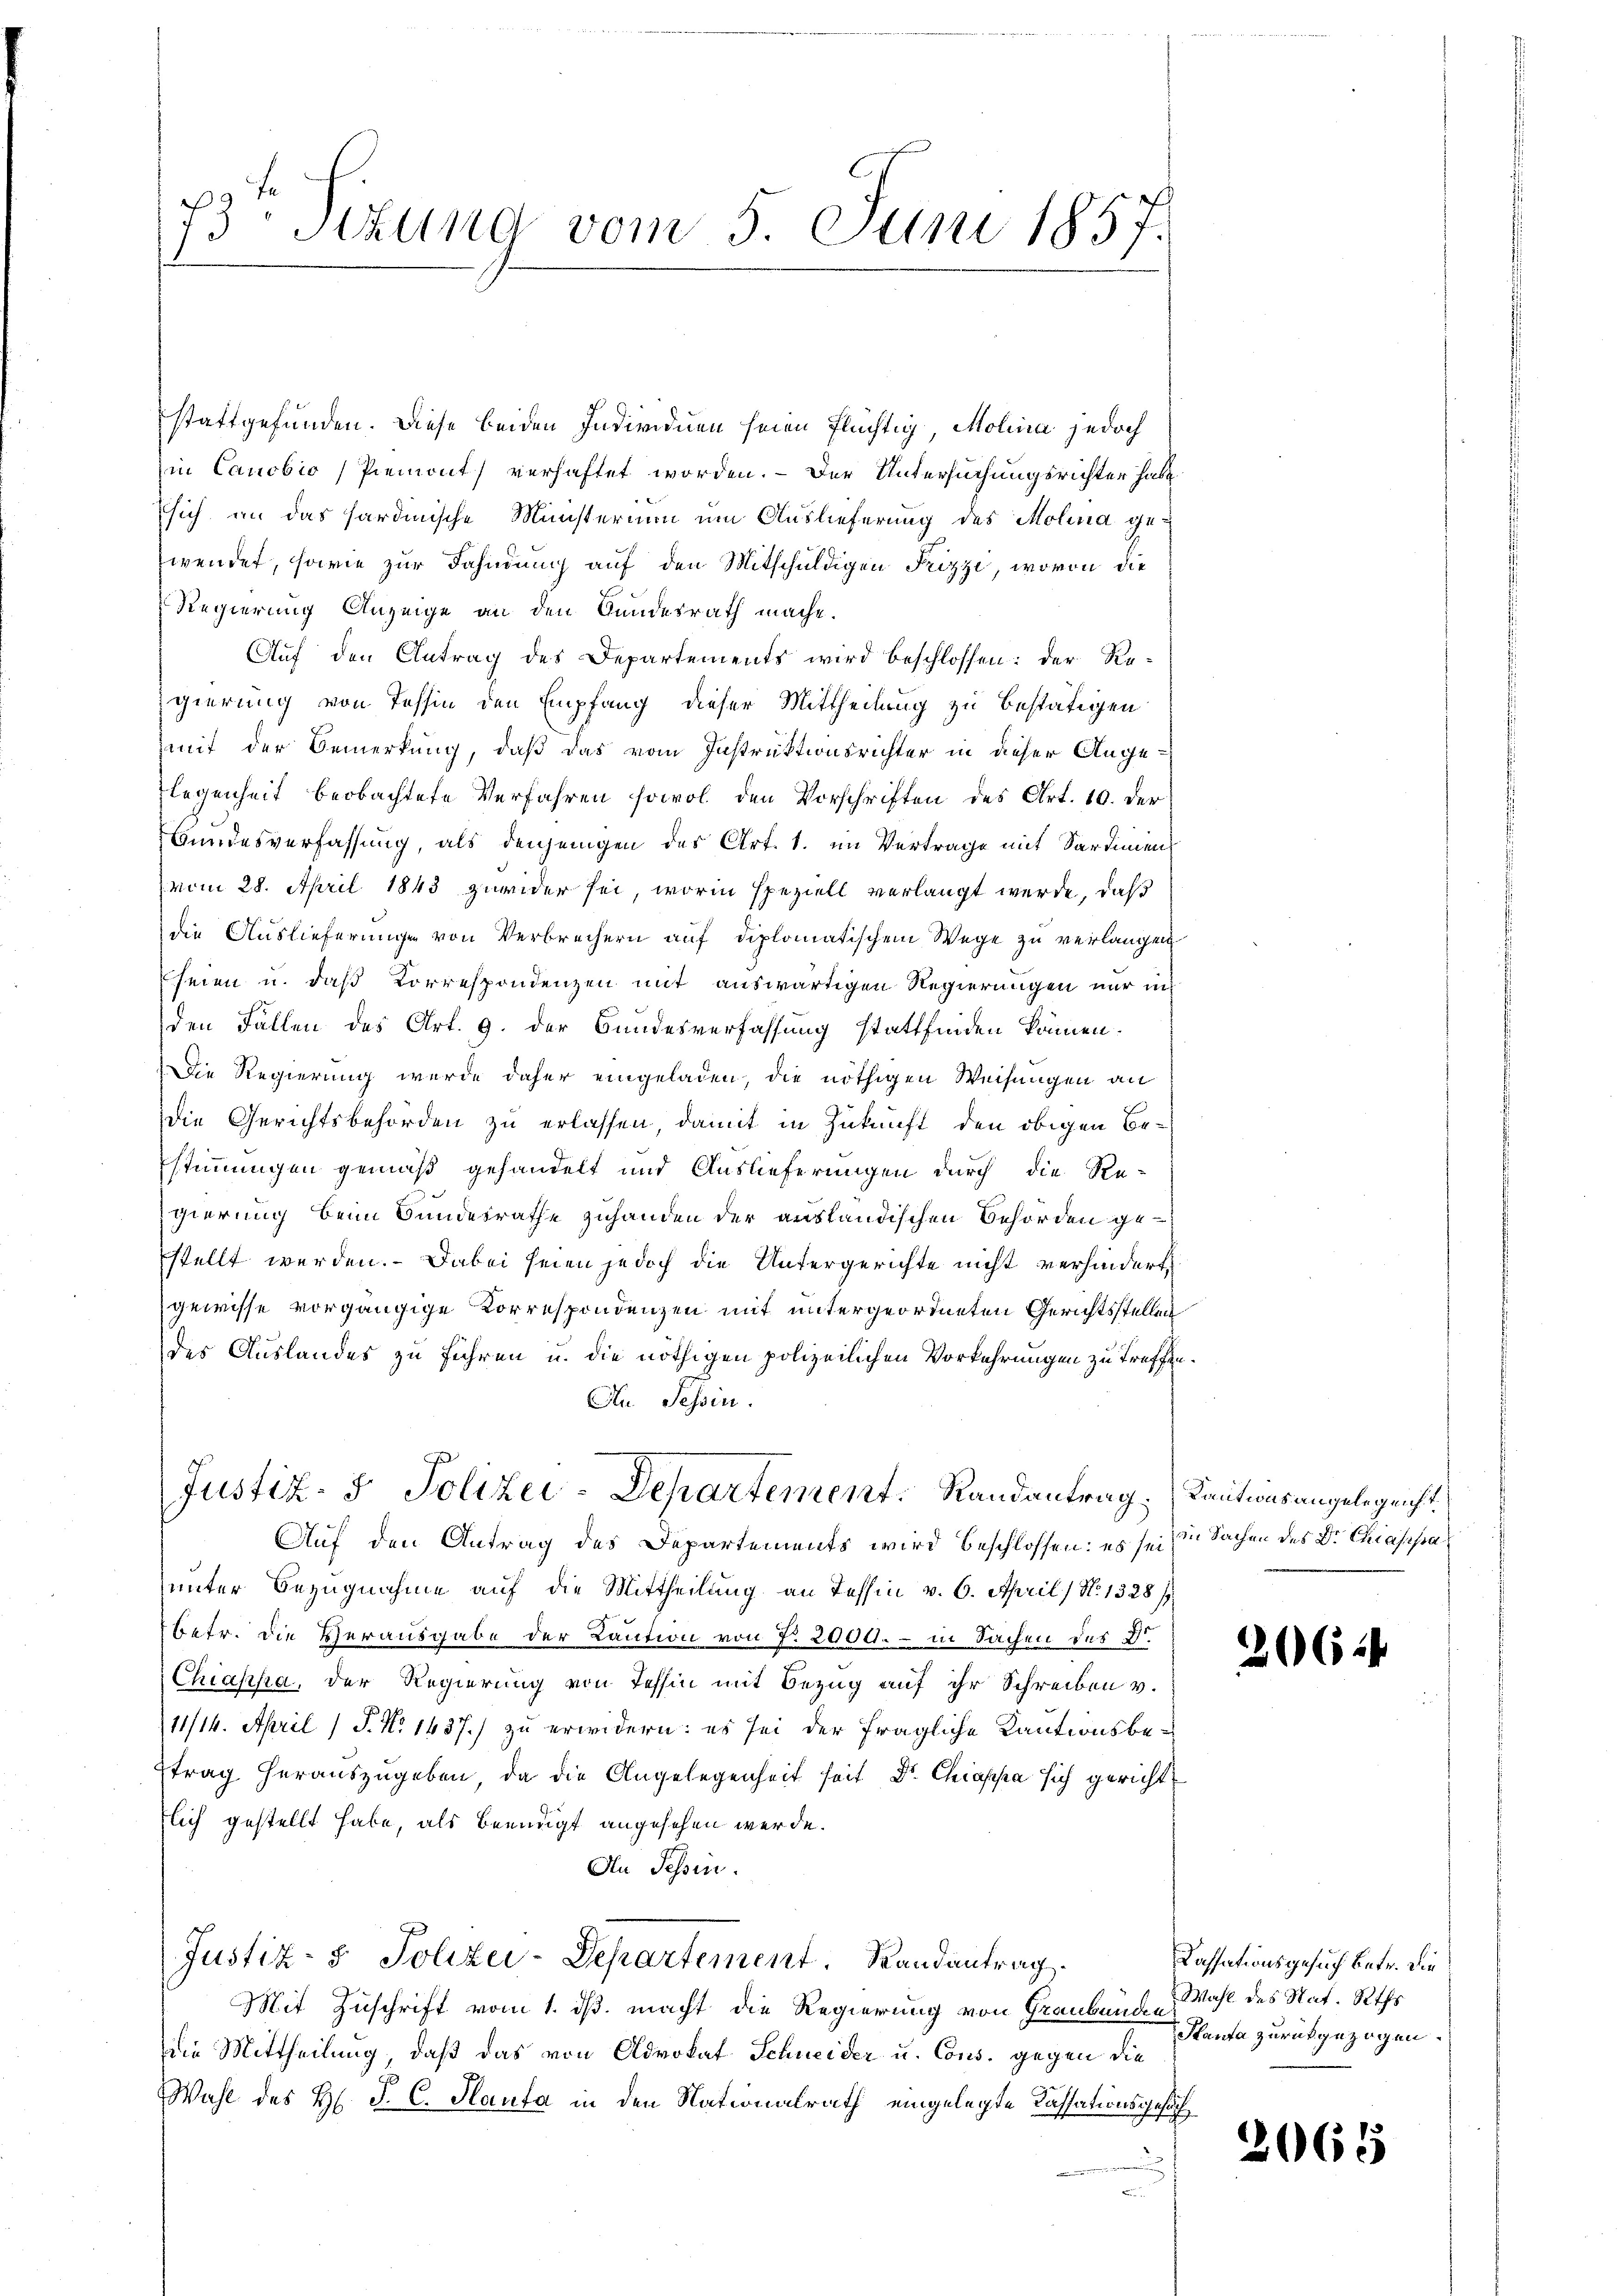
73ten Sizung vom 5. Juni 1857.

stattgefunden. Diese beiden Individuen seien flüchtig, Molina jedoch
in Canobio Piemont) verhaftet worden. – Der Untersuchungsrichter habe
sich an das hardinische Ministerium um Auslieferung des Molina gewendet, sowie zur Fahndung auf den Mitschuldigen Frizze, wovon die
Regierung Anzeige an den Bundesrath mache.
Aŭf den Antrag des Departements wird beschlossen: der Re-
gierung von Tessin den Empfang dieser Mittheilung zu bestätigen
mit der Bemerkung, daß das vom Instruktionsrichter in dieser Ange¬
Flegenheit beobachtete Verfahren sowol den Vorschriften des Art. 10. der
Wundesverfassung, als denjenigen des Art. 1. im Vertrage mit Sardinien
vom 28. April 1843 zuwider sei, worin speziell verlangt werde, daß
die Auslieferunge von Verbrechern auf diplomatischem Wege zu verlangen
seien u. daß Correspondenzen mit auswärtigen Regierungen nur in
den Fällen des Art. 9. der Bundesverfassung stattfinden können.
Die Regierung werde daher eingeladen, die nöthigen Weisungen an
Die Gerichtsbehörden zu erlassen, damit in Zukunft den obigen Bestimmungen gemäß gehandelt und Auslieferungen durch die Re-
gierung beim Bundesrathe zuhanden der ausländischen Behörden gestellt werden. Dabei seien jedoch die Untergerichte nicht verhindert
gewisse vorgängige Korrespondenzen mit untergeordneten Gerichtsstellen
des Auslandes zu führen u. die nöthigen polizeilichen Vorkehrungen zu treffen¬
An Tessin.
Justiz- & Polizei-Departement. Randantrag, Kautionsangelegenh
Auf den Antrag des Departements wird beschlossen: es sei die Sachen des Dr. Chiassa
unter Bezugnahme auf die Mittheilung an Tessin v. 6. April / No. 1328 /
Betr. die Herausgabe der Kaution von 7. 2000.- in Sachen des Fr.
Chiapha, der Regierung von Tessin mit Bezug auf ihr Schreiben v.
11/14. April (P. Nr. 1437.) zu erwidern: es sei der fragliche Kautionsbetrag herauszugeben, da die Angelegenheit seit Dr. Chiassa sich gericht
flich gestellt habe, als beendigt angesehen werde.
An Tessin.
Justiz- & Polizei-Departement. Randantrag
Mit Zuschrift vom 1. dß. macht die Regierung von Graubünde Wahl des Nat. Raths
die Mittheilung, daß das von Advokat Schneider u. Cons. gegen die
Wahl des H. J. C. Planta in den Nationalrath eingelegte Cassationsgesuch

20644

Cassationsgesuch betr. die
Panta zurückgezogen.

2068